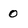
Character: 0